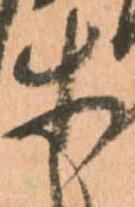
等